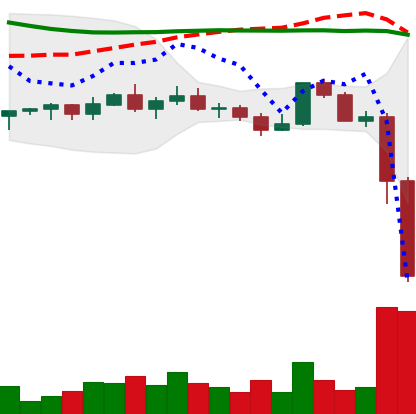
Ticker: XLM-USD
Chart end date: 2022-11-09
Forward return: 10.021%
Label: up_7plus